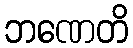
ဘဏေတိ